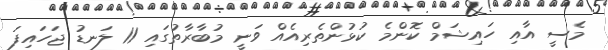
މެސީ އާއި ހައިޝަމް ކޮންމެ ކުޅުންތެރިއެއް ވަނީ މުބާރާތުގައި 11 ލަނޑު ޖަހައިފަ